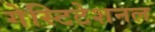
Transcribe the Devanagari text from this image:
गेस्टिटेशनल